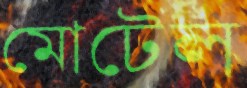
মোটেল